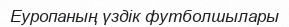
Еуропаның үздік футболшылары